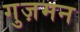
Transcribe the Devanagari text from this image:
गुज़मन